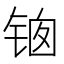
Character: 𰾊